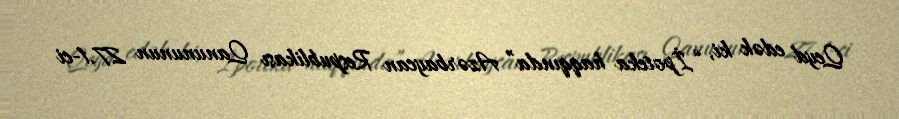
Qeyd edək ki, “İpoteka haqqında” Azərbaycan Respublikası Qanununun 27.1-ci